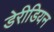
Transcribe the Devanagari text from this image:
डेरीडियन